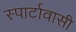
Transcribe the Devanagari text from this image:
स्पार्टावासी